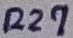
Text: R27